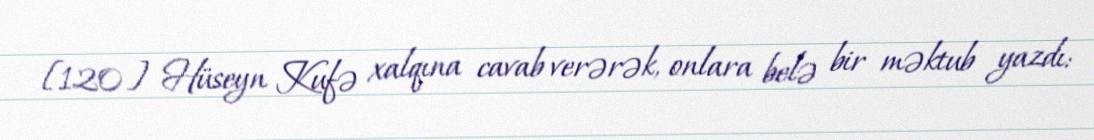
[120] Hüseyn Kufə xalqına cavab verərək, onlara belə bir məktub yazdı: